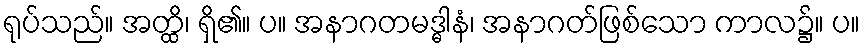
ရုပ်သည်။ အတ္ထိ၊ ရှိ၏။ ပ။ အနာဂတမဒ္ဓါနံ၊ အနာဂတ်ဖြစ်သော ကာလ၌။ ပ။